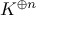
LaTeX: K ^ { \oplus n }